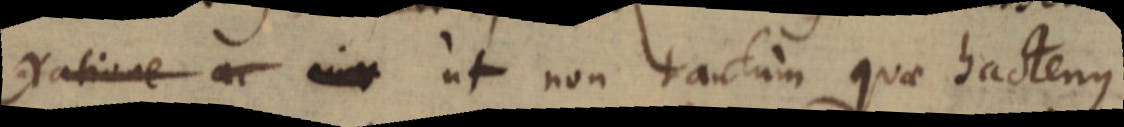
ratione ac _ ut non tantum quae hactenus